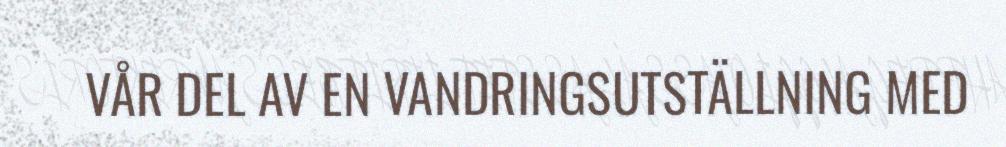
VÅR DEL AV EN VANDRINGSUTSTÄLLNING MED